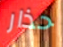
حذار